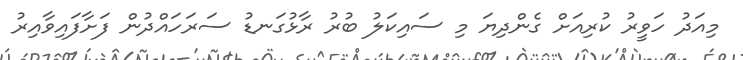
މިއަދު ހަވީރު ކުރިއަށް ގެންދިޔަ މި ސައިކަލު ބުރު ރާޅުގަނޑު ސަރަހައްދުން ފަށާފައިވާއިރު